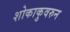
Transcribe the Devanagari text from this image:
शोकाकुवरुन